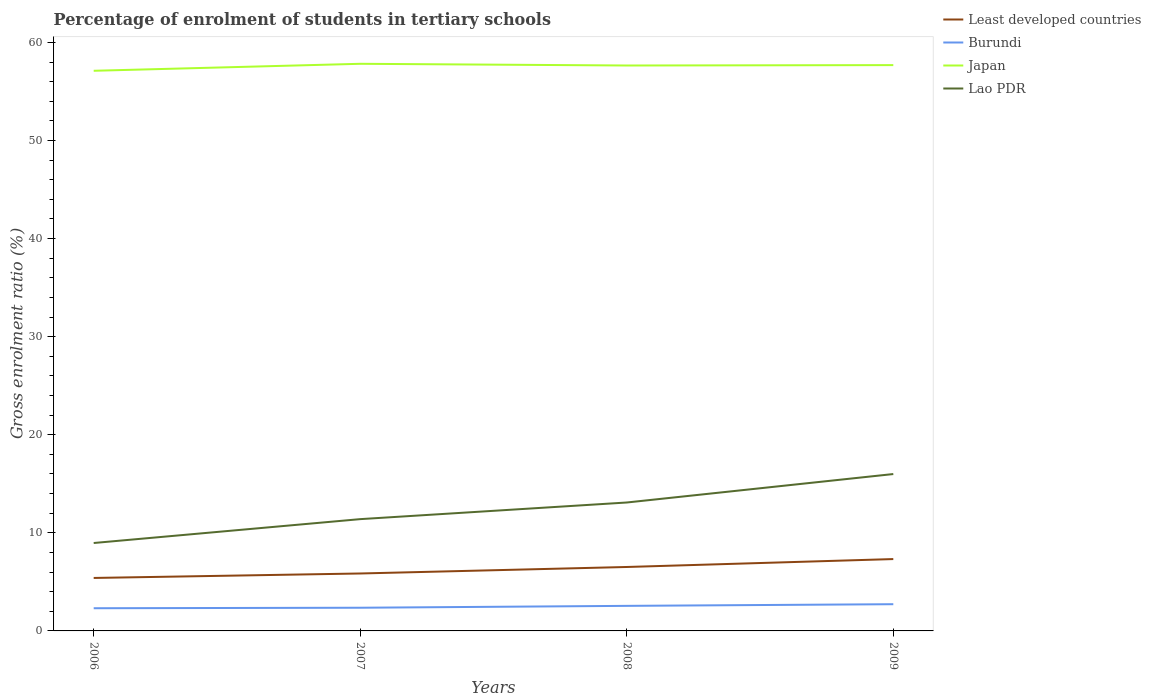
| Years | Least developed countries | Burundi | Japan | Lao PDR |
 | --- | --- | --- | --- | --- |
 | 2006 | 5.4 | 2.31 | 57.1 | 8.96 |
 | 2007 | 5.86 | 2.36 | 57.8 | 11.4 |
 | 2008 | 6.52 | 2.56 | 57.6 | 13.1 |
 | 2009 | 7.33 | 2.72 | 57.7 | 16 |